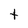
Character: t